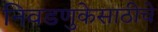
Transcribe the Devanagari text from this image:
निवडणुकेसाठीचे